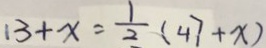
1 3 + x = \frac { 1 } { 2 } ( 4 7 + x )